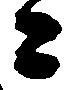
候